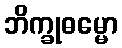
ဘိက္ခုဓမ္မော